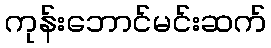
ကုန်းဘောင်မင်းဆက်